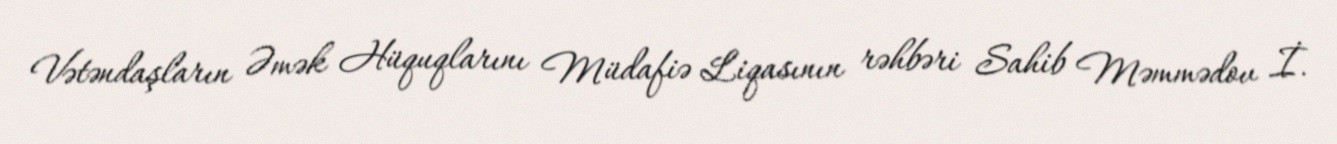
Vətəndaşların Əmək Hüquqlarını Müdafiə Liqasının rəhbəri Sahib Məmmədov İ.